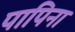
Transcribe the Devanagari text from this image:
पापिना